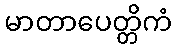
မာတာပေတ္တိကံ